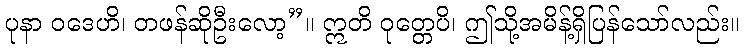
ပုနာ ဝဒေဟိ၊ တဖန်ဆိုဦးလော့”။ ဣတိ ဝုတ္တေပိ၊ ဤသို့အမိန့်ရှိပြန်သော်လည်း။